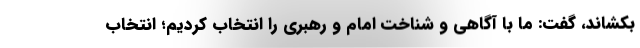
بکشاند، گفت: ما با آگاهی و شناخت امام و رهبری را انتخاب کردیم؛ انتخاب